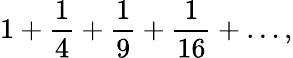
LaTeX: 1+{\frac{1}{4}}+{\frac{1}{9}}+{\frac{1}{16}}+\dots,